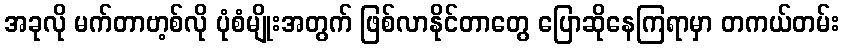
အခုလို မက်တာဗာ့စ်လို ပုံစံမျိုးအတွက် ဖြစ်လာနိုင်တာတွေ ပြောဆိုနေကြရာမှာ တကယ်တမ်း